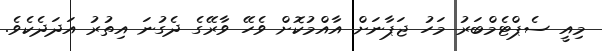
މިއީ ސެޕްޓެމްބަރު މަހު ޖަޕާނަށް އާއްމުކޮށް ވެހޭ ވާރޭގެ ދެގުނަ އިތުރު އަދަދެކެވެ.